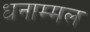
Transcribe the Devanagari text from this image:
धनाम्मल